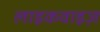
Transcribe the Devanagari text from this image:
लाइकवाइज़